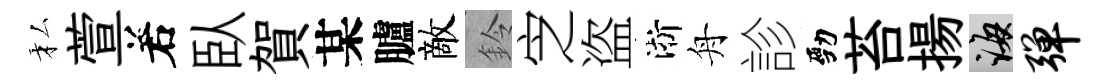
私萱𠰥臥賀某臚敵鈴㝎盗淅舟診勁苔揚誨弹